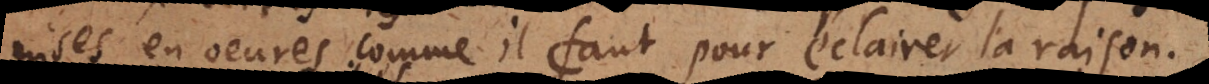
mises en oeuvre comme il faut pour éclairer la raison.